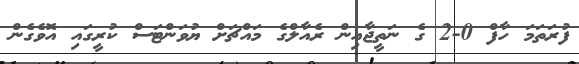
ފުރަތަމަ ހާފް 0-2 ގެ ނަތީޖާއިން ރެއާލްގެ މައްޗަށް ޔުވަންޓަސް ކުރީގައި އޮވެގެން